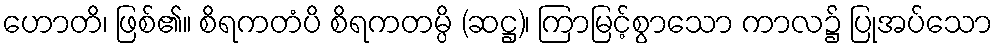
ဟောတိ၊ ဖြစ်၏။ စိရကတံပိ စိရကတမ္ပိ (ဆဋ္ဌ)၊ ကြာမြင့်စွာသော ကာလ၌ ပြုအပ်သော